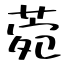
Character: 菀